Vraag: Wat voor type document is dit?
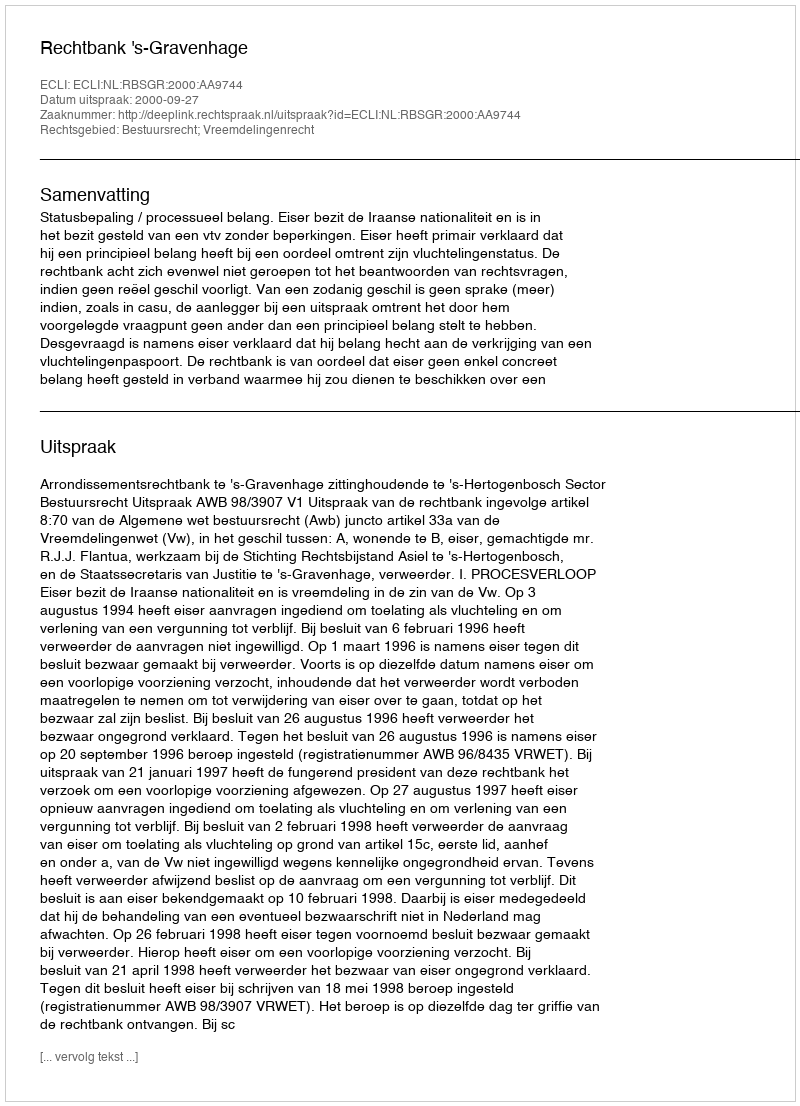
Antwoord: Uitspraak